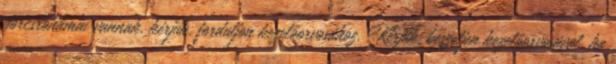
görcsrohamai vannak, kérjük, forduljon kezelőorvosához. Kérjük, beszéljen kezelőorvosával, ha